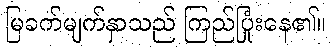
မြခက်မျက်နှာသည် ကြည်ပြုံးနေ၏။